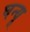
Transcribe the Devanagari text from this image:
घन्यू